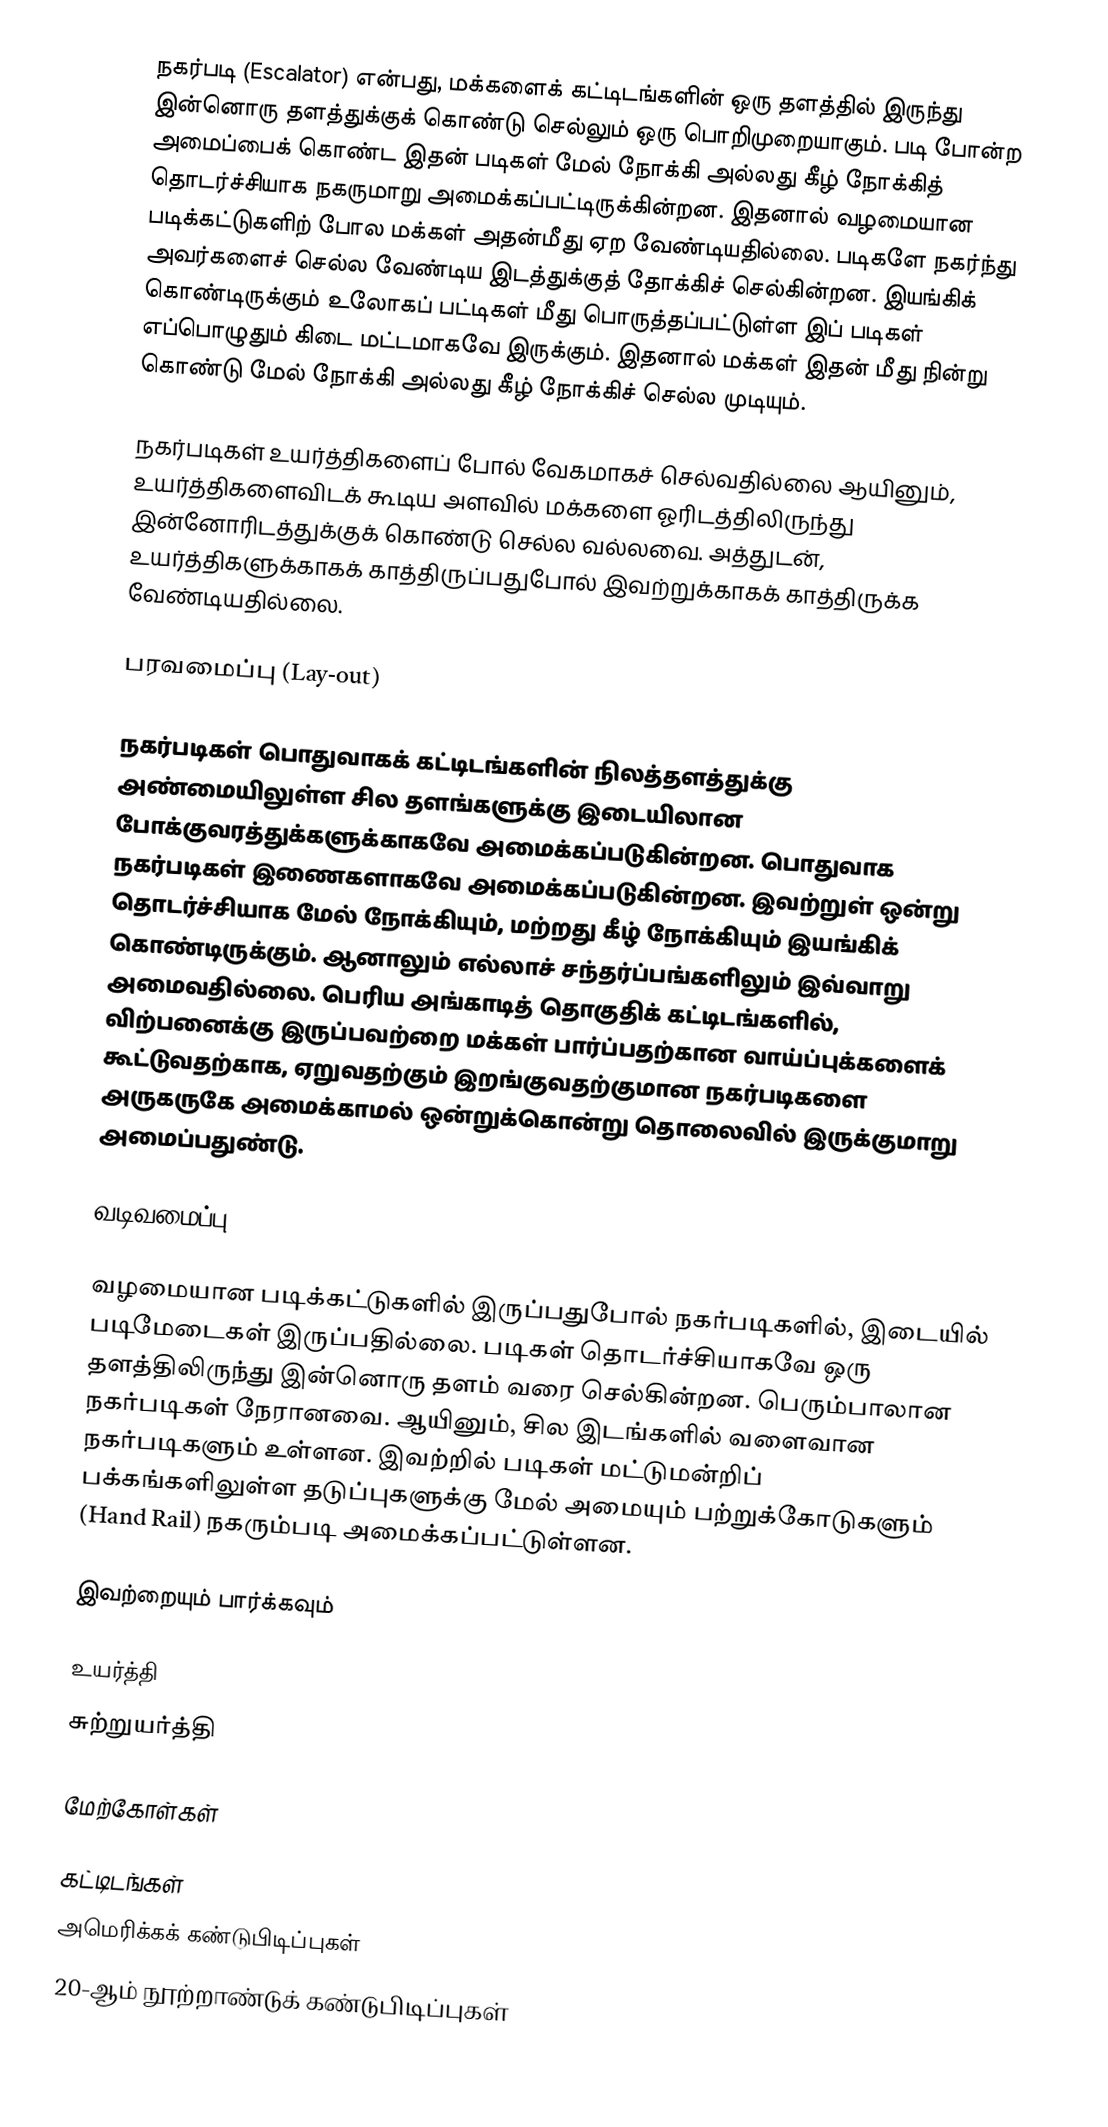
நகர்படி (Escalator) என்பது, மக்களைக் கட்டிடங்களின் ஒரு தளத்தில் இருந்து இன்னொரு தளத்துக்குக் கொண்டு செல்லும் ஒரு பொறிமுறையாகும். படி போன்ற அமைப்பைக் கொண்ட இதன் படிகள் மேல் நோக்கி அல்லது கீழ் நோக்கித் தொடர்ச்சியாக நகருமாறு அமைக்கப்பட்டிருக்கின்றன. இதனால் வழமையான படிக்கட்டுகளிற் போல மக்கள் அதன்மீது ஏற வேண்டியதில்லை. படிகளே நகர்ந்து அவர்களைச் செல்ல வேண்டிய இடத்துக்குத் தோக்கிச் செல்கின்றன. இயங்கிக் கொண்டிருக்கும் உலோகப் பட்டிகள் மீது பொருத்தப்பட்டுள்ள இப் படிகள் எப்பொழுதும் கிடை மட்டமாகவே இருக்கும். இதனால் மக்கள் இதன் மீது நின்று கொண்டு மேல் நோக்கி அல்லது கீழ் நோக்கிச் செல்ல முடியும்.

நகர்படிகள் உயர்த்திகளைப் போல் வேகமாகச் செல்வதில்லை ஆயினும், உயர்த்திகளைவிடக் கூடிய அளவில் மக்களை ஓரிடத்திலிருந்து இன்னோரிடத்துக்குக் கொண்டு செல்ல வல்லவை. அத்துடன், உயர்த்திகளுக்காகக் காத்திருப்பதுபோல் இவற்றுக்காகக் காத்திருக்க வேண்டியதில்லை.

பரவமைப்பு (Lay-out)

நகர்படிகள் பொதுவாகக் கட்டிடங்களின் நிலத்தளத்துக்கு அண்மையிலுள்ள சில தளங்களுக்கு இடையிலான போக்குவரத்துக்களுக்காகவே அமைக்கப்படுகின்றன. பொதுவாக நகர்படிகள் இணைகளாகவே அமைக்கப்படுகின்றன. இவற்றுள் ஒன்று தொடர்ச்சியாக மேல் நோக்கியும், மற்றது கீழ் நோக்கியும் இயங்கிக் கொண்டிருக்கும். ஆனாலும் எல்லாச் சந்தர்ப்பங்களிலும் இவ்வாறு அமைவதில்லை. பெரிய அங்காடித் தொகுதிக் கட்டிடங்களில், விற்பனைக்கு இருப்பவற்றை மக்கள் பார்ப்பதற்கான வாய்ப்புக்களைக் கூட்டுவதற்காக, ஏறுவதற்கும் இறங்குவதற்குமான நகர்படிகளை அருகருகே அமைக்காமல் ஒன்றுக்கொன்று தொலைவில் இருக்குமாறு அமைப்பதுண்டு.

வடிவமைப்பு

வழமையான படிக்கட்டுகளில் இருப்பதுபோல் நகர்படிகளில், இடையில் படிமேடைகள் இருப்பதில்லை. படிகள் தொடர்ச்சியாகவே ஒரு தளத்திலிருந்து இன்னொரு தளம் வரை செல்கின்றன. பெரும்பாலான நகர்படிகள் நேரானவை. ஆயினும், சில இடங்களில் வளைவான நகர்படிகளும் உள்ளன. இவற்றில் படிகள் மட்டுமன்றிப் பக்கங்களிலுள்ள தடுப்புகளுக்கு மேல் அமையும் பற்றுக்கோடுகளும் (Hand Rail) நகரும்படி அமைக்கப்பட்டுள்ளன.

இவற்றையும் பார்க்கவும்

 உயர்த்தி
 சுற்றுயர்த்தி

மேற்கோள்கள்

கட்டிடங்கள்
அமெரிக்கக் கண்டுபிடிப்புகள்
20-ஆம் நூற்றாண்டுக் கண்டுபிடிப்புகள்